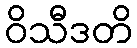
ဝိသီဒတိ